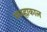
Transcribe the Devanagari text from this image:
मध्य्ह्राकाल